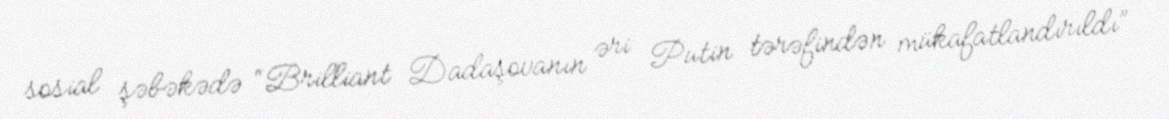
sosial şəbəkədə “Brilliant Dadaşovanın əri Putin tərəfindən mükafatlandırıldı”